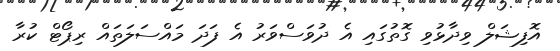
އޮފިޝަލް ވިދާޅުވި ގޮތުގައި އެ ދުވަސްވަރު އެ ފަދަ މައްސަލަތައް ރިޕޯޓް ކުރާ